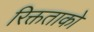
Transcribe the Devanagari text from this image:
रिक्तताको